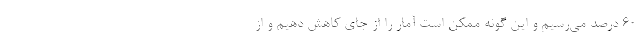
۶۰ درصد می‌رسیم و این گونه ممکن است آمار را از جای کاهش دهیم و از